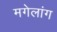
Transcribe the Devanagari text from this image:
मगेलांग